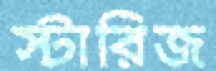
স্টারিজ